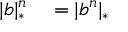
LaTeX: \begin{array} { r l } { | b | _ { * } ^ { n } } & { { } = | b ^ { n } | _ { * } } \end{array}